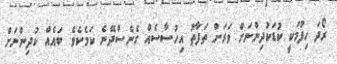
ރޯދަ ހިފުމަކީ ކުޑަކުދިންނަށް ވަރަށް ތަފާތު އިހުސާސެއް ގެނެސްދޭނެ ކަމެކެވެ. ބައެއް ކުދިންނަށް